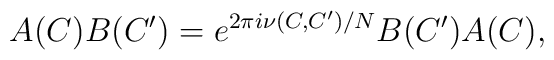
A(C)B(C')=e^{2\pi i \nu(C,C')/N}B(C')A(C),